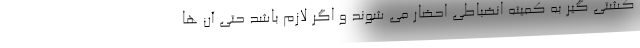
کشتی گیر به کمیته انضباطی احضار می شوند و اگر لازم باشد حتی آن ها